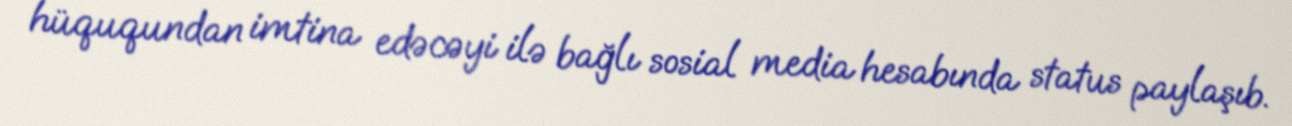
hüququndan imtina edəcəyi ilə bağlı sosial media hesabında status paylaşıb.